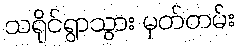
သရိုင်ရွာသွား မှတ်တမ်း